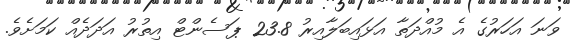
ވަނަ އަހަރުގެ އެ މުއްދަތާ އަޅައިބަލާއިރު 23.8 ޕަސެންޓް އިތުރު އަދަދެއް ކަމަށެވެ.